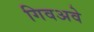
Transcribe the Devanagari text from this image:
गिवअवे